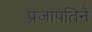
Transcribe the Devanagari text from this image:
प्रजापतिने